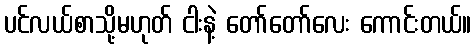
ပင်လယ်စာသို့မဟုတ် ငါးနဲ့ တော်တော်လေး ကောင်းတယ်။